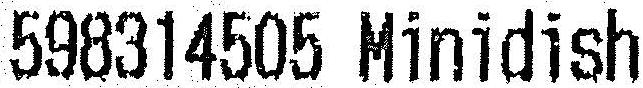
598314505 MINIDISH